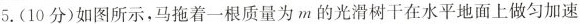
5.(10分)如图所示，马拖着一根质量为m的光滑树干在水平地面上做匀加速